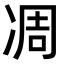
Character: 凋